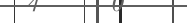
٧٠